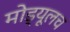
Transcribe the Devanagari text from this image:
मोड्यूलच